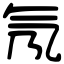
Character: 氖